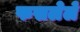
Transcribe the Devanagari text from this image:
फसलेले